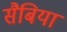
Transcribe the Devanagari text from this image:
सैबिया